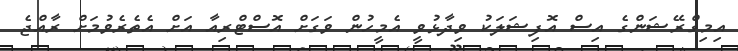
އިމިގްރޭޝަންގެ އިސް އޮފިޝަލަކު ވިދާޅުވީ އެމީހުން ވަގަށް އޮސްޓްރިއާ އަށް އެތެރެވުމަށް ރާއްޖެ